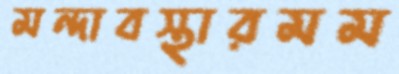
মন্দাবস্থারমম